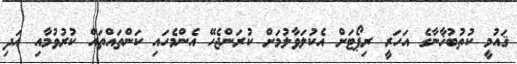
ޤައުމީ ކުތުބުޚާނާގެ އަހަރީ ރިޕޯޓަށް އެކުލަވާލުމަށް ކުރަންޖެހޭ އެންމެހައި ކަންތައްތައް ކުރުވުމާއި އަދި